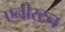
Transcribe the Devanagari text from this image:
एनीस्टन